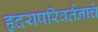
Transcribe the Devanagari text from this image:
हृदयपरिवर्तनाचे